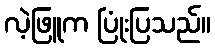
လဲ့ဖြူက ပြုံးပြသည်။